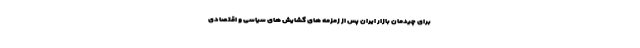
برای چیدمان بازار ایران پس از زمزمه های گشایش های سیاسی و اقتصادی